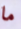
ما